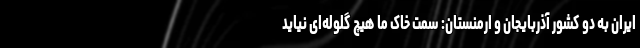
ایران به دو کشور آذربایجان و ارمنستان: سمت خاک ما هیچ گلوله‌ای نیاید